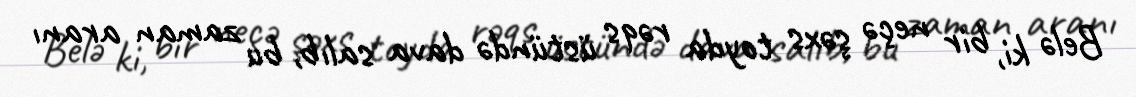
Belə ki, bir neçə şəxs toyda rəqs üstündə dava salıb, bu zaman aranı